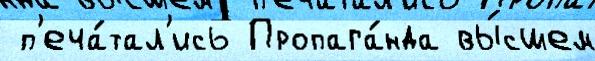
 п'еча́тал'ись Пропага́нда вы́сшем